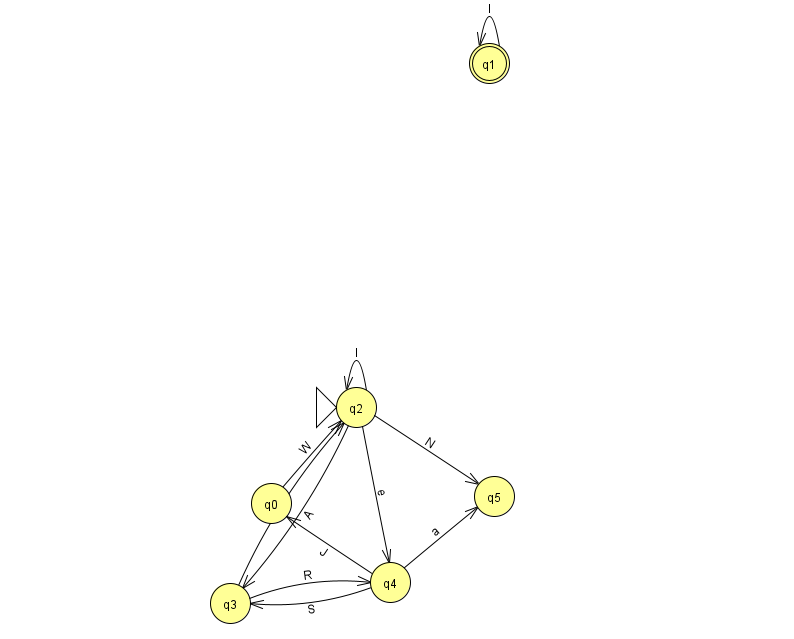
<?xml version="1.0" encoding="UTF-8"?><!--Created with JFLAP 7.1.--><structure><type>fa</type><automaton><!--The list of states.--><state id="0" name="q0"><x>271.0</x><y>490.0</y></state><state id="1" name="q1"><x>489.0</x><y>50.0</y><final/></state><state id="2" name="q2"><x>356.0</x><y>394.0</y><initial/></state><state id="3" name="q3"><x>230.0</x><y>590.0</y></state><state id="4" name="q4"><x>390.0</x><y>569.0</y></state><state id="5" name="q5"><x>494.0</x><y>483.0</y></state><!--The list of transitions.--><transition><from>3</from><to>2</to><read>U</read></transition><transition><from>3</from><to>4</to><read>R</read></transition><transition><from>0</from><to>2</to><read>W</read></transition><transition><from>2</from><to>3</to><read>A</read></transition><transition><from>2</from><to>4</to><read>e</read></transition><transition><from>4</from><to>3</to><read>S</read></transition><transition><from>4</from><to>5</to><read>a</read></transition><transition><from>4</from><to>0</to><read>J</read></transition><transition><from>1</from><to>1</to><read>I</read></transition><transition><from>2</from><to>2</to><read>I</read></transition><transition><from>2</from><to>5</to><read>N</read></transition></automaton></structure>